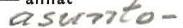
asunto-